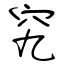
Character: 究